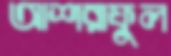
আশরাফুল